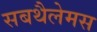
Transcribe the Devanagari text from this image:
सबथैलेमस